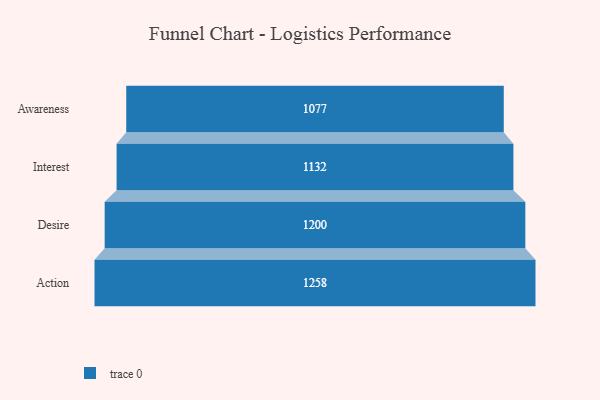
{"axis": {"x": "Stage", "y": "Value"}, "legend": [""], "data": [{"x": "Awareness", "y": 1077.0, "type": ""}, {"x": "Interest", "y": 1132.0, "type": ""}, {"x": "Desire", "y": 1200.0, "type": ""}, {"x": "Action", "y": 1258.0, "type": ""}]}